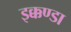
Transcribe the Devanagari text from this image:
इक्कण्डा